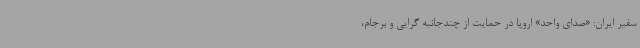
سفیر ایران: «صدای واحد» اروپا در حمایت از چندجانبه گرایی و برجام،